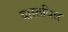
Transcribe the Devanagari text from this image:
वास्तवित